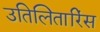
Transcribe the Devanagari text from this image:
उतिलितारिंस